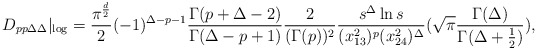
\begin{align*}D_{pp\Delta\Delta}|_{\log}=\frac{\pi^{\frac{d}{2}}}{2}(-1)^{\Delta-p-1}\frac{\Gamma(p+\Delta-2)}{\Gamma(\Delta-p+1)}\frac{2}{(\Gamma(p))^{2}}\frac{s^{\Delta}\ln s}{(x_{13}^{2})^{p}(x_{24}^{2})^{\Delta}}(\sqrt{\pi}\frac{\Gamma(\Delta)}{\Gamma(\Delta+\frac{1}{2})}),\end{align*}